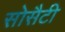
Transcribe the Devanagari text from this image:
सोसैटी